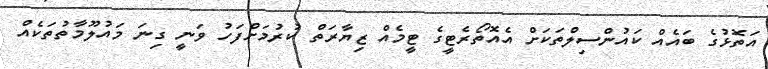
އަތޮޅުގެ ބައެއް ކައުންސިލްތަކަށް އެއޮތޯރެޓީގެ ޓީމެއް ޒިޔާރަތް ކުރުމަށްފަހު ވަނީ ގިނަ މައުލޫމާތުތަކެއް